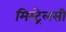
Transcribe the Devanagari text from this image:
मिस्ट्रेलसी